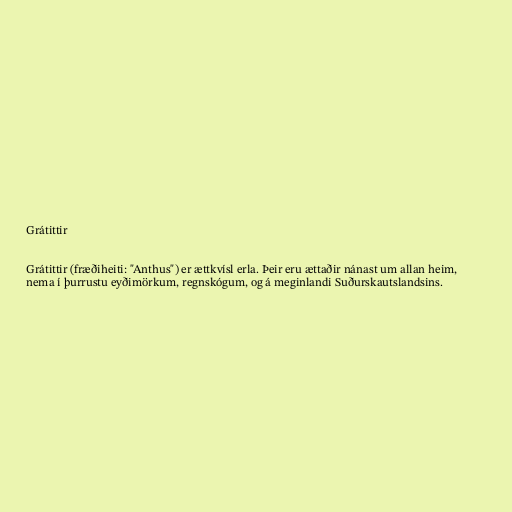
Grátittir

Grátittir (fræðiheiti: "Anthus") er ættkvísl erla. Þeir eru ættaðir nánast um allan heim,
nema í þurrustu eyðimörkum, regnskógum, og á meginlandi Suðurskautslandsins.